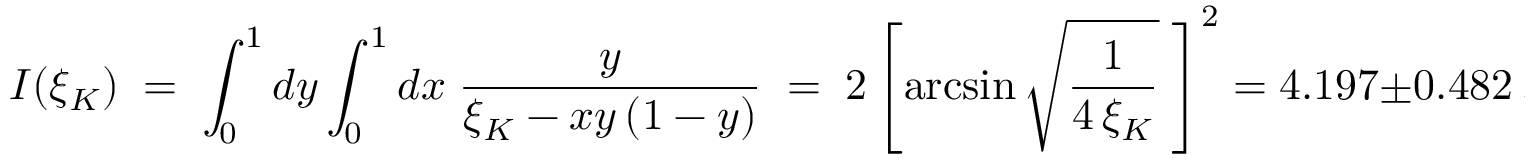
I ( \xi _ { K } ) \; = \; \int _ { 0 } ^ { 1 } d y \int _ { 0 } ^ { 1 } d x \; \frac { y } { \xi _ { K } - x y \, ( 1 - y ) } \; = \; 2 \left[ \arcsin \sqrt { \frac { 1 } { 4 \, \xi _ { K } } } \; \right] ^ { 2 } = 4 . 1 9 7 \pm 0 . 4 8 2 \, ,